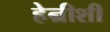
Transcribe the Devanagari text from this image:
हेन्रीशी